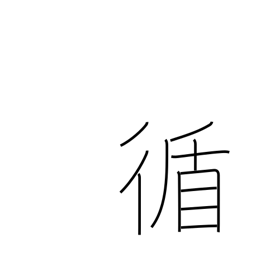
Meaning: sequential